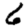
Digit: 6